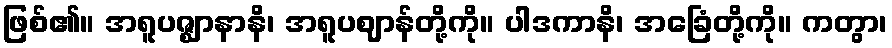
ဖြစ်၏။ အရူပဇ္ဈာနာနိ၊ အရူပဈာန်တို့ကို။ ပါဒကာနိ၊ အခြေံတို့ကို။ ကတွာ၊